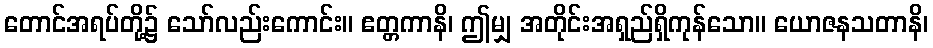
တောင်အရပ်တို့၌ သော်လည်းကောင်း။ ဧတ္တကာနိ၊ ဤမျှ အတိုင်းအရှည်ရှိကုန်သော။ ယောဇနသတာနိ၊